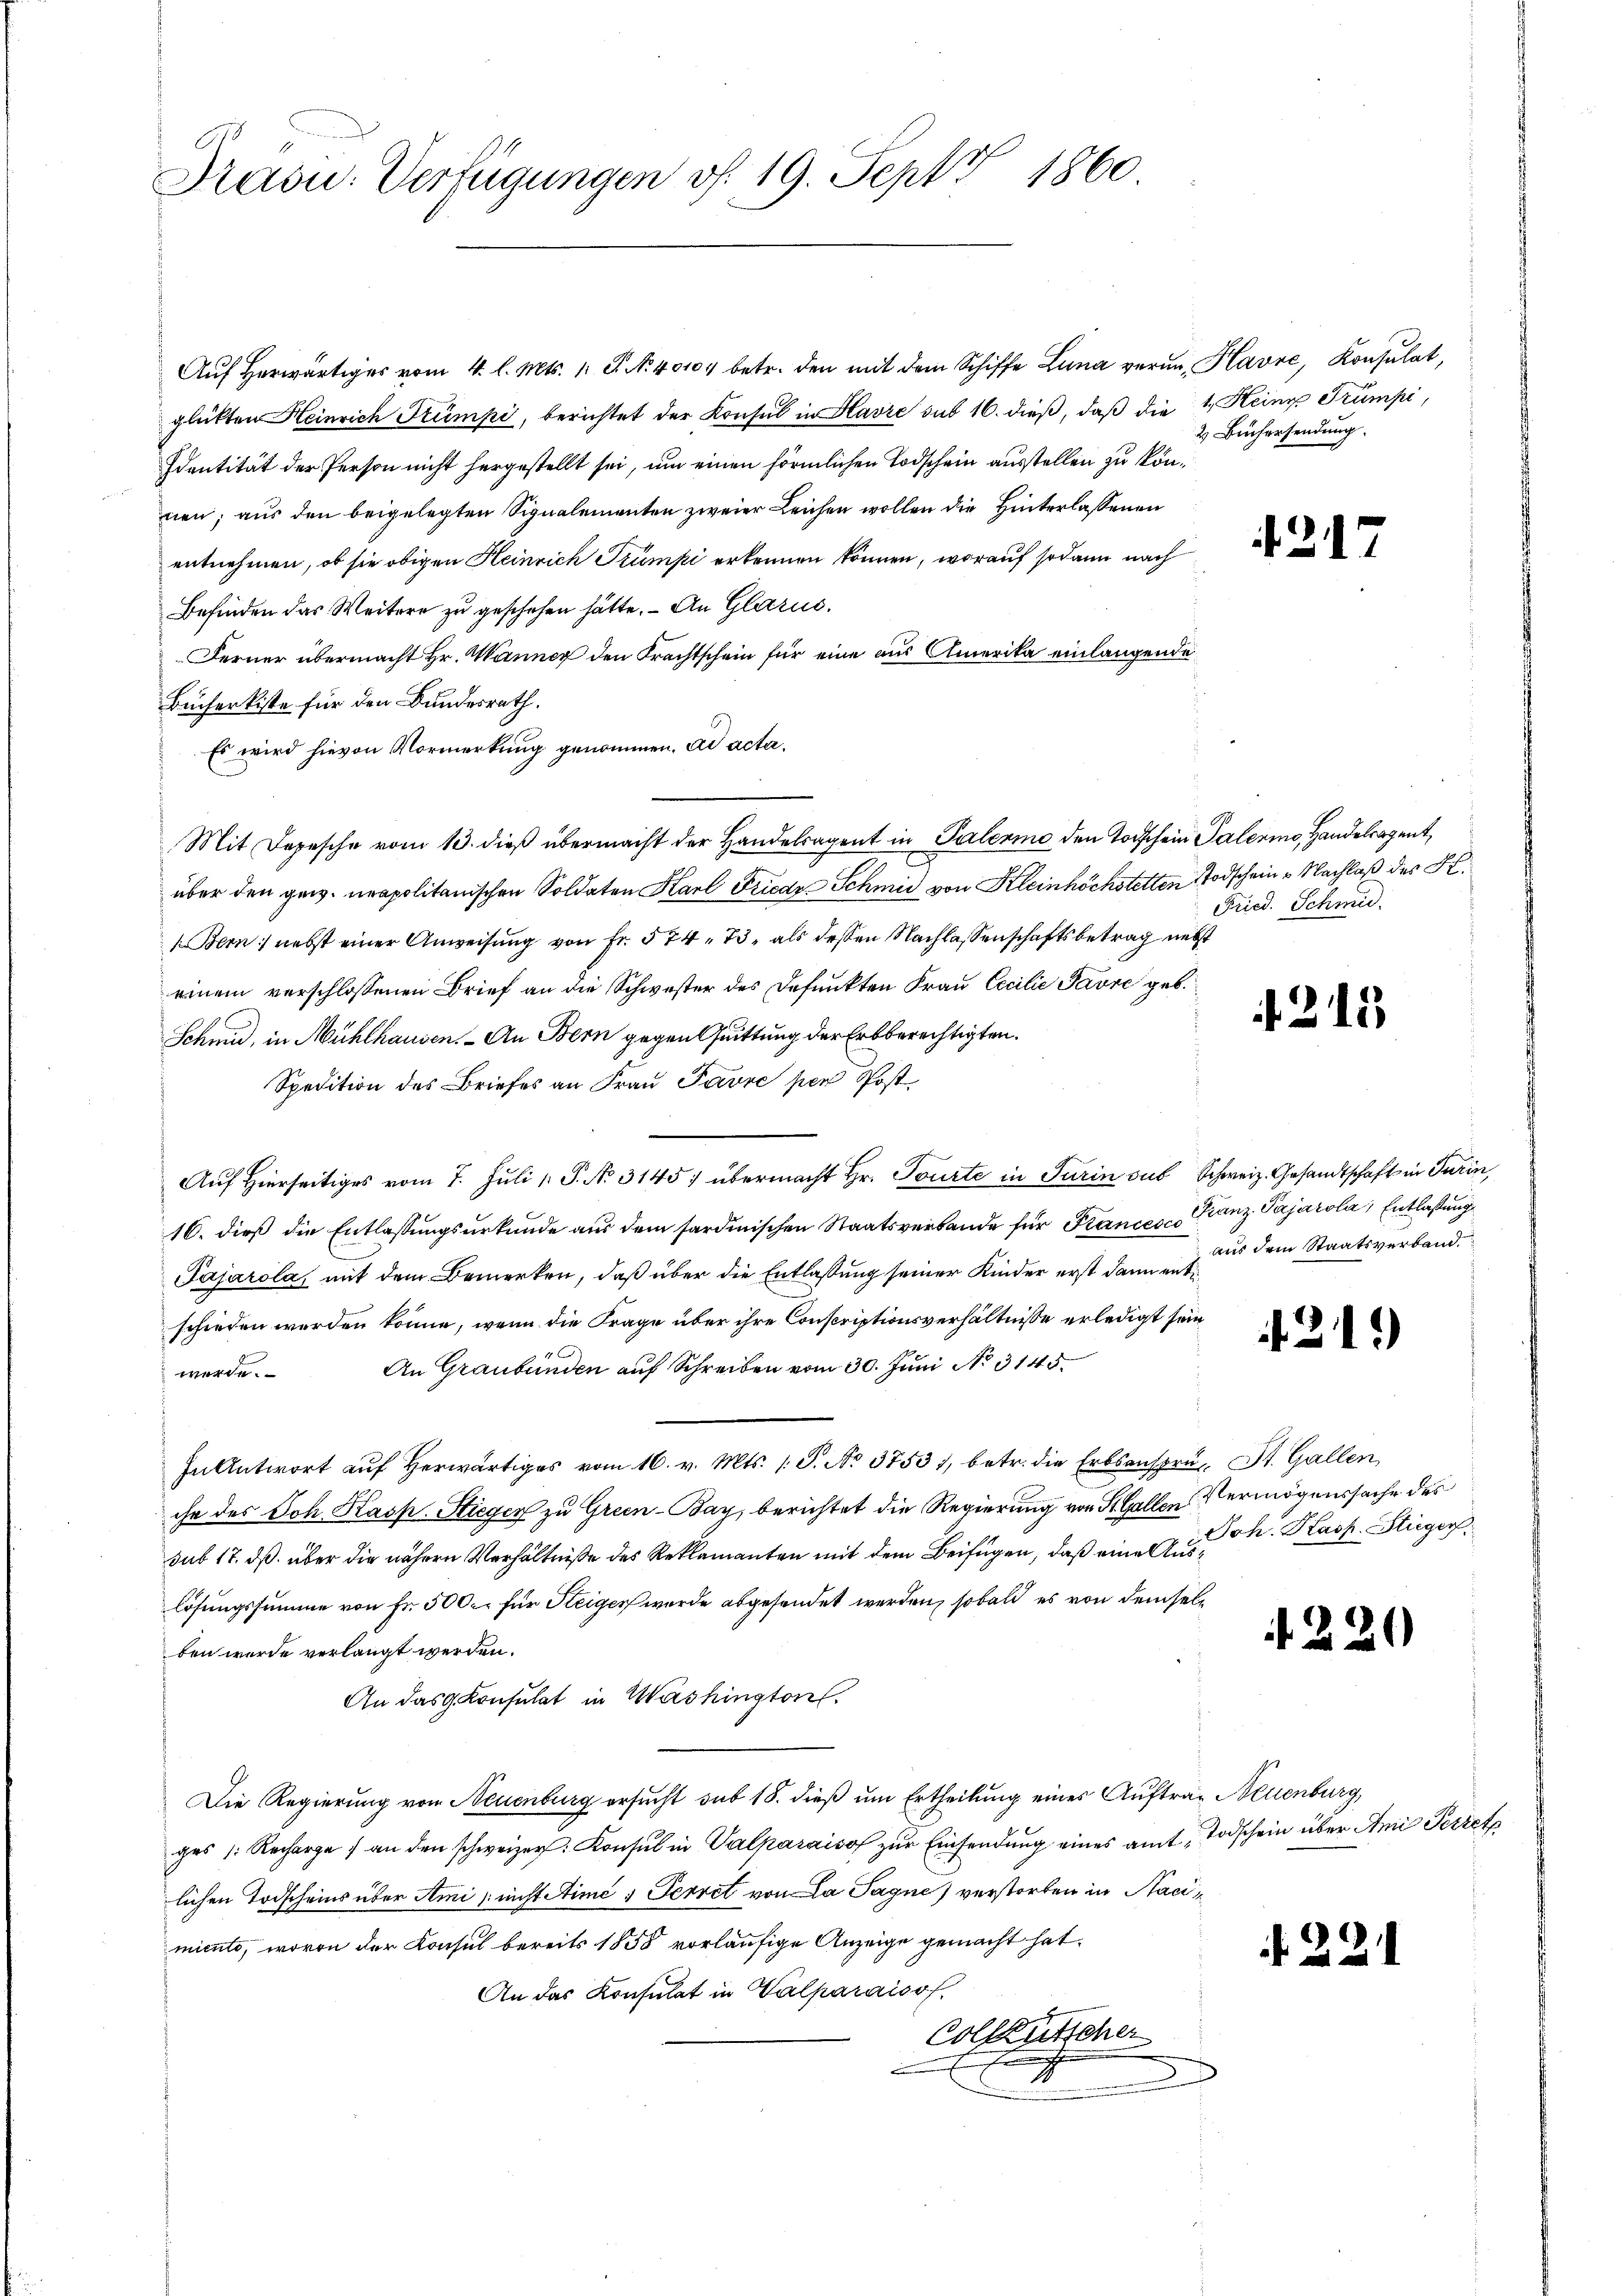
f
Präsid.- Verfügungen v. 19. Sept 1860.

Auf herwärtiger vom 4. l. Mts. 1. P. Nr. 40104 betr. den mit dem Schiffe Lina veran, Havre, Konsulat,
glükten Heinrich Frümpi, berichtet der Konsul in Havre sub 16. dieß, daß die 1 Keine Trumpi,
Identität der Person nicht hergestellt sei, um einen förmlichen Todschein ausstellen zu können; aus den beigelegten Signalementen zweier Leichen wollen die Hinterlassenen
entnehmen, ob sie obigen Heinrich Trümpi erkennen können, worauf sodann nach
Befinden das Weitere zu geschehen hätte. - An Glarus.
Ferner übermacht Hr. Wanner den Frachtschein für eine aus Amerika einlangende
Bucherkiste für den Bundesrath.
Es wird hievon Vormerkung genommen. ad actaüber den gew. neapolitanischen Soldaten Karl Friede Schmid von Kleinhöchstetten Todscheine Nachlaß des K.
Bern nebst einer Anweisung von Fr. 574. 73, als dessen Nachlassenschaftsbetrag nebst
einem verschlossenen Brief an die Schwester des defunkten Frau Cecilie Pavre geb.
Schmid, in Mühlhausen. - An Bern gegen Quittung der Erbberechtigten.
Spedition des Briefes an Frau Favre per Post
Auf Hierseitiges vom 7. Juli v. P. No 3145) übermacht Hr. Tourte in Turin sus Schweiz. Gesandtschaft in Turin,
16. dieß die Entlassungsurkunde aus dem sardinischen Staatsverbande für Frances Franz Pajarola, Entlaßung
Pajarola, mit dem Bemerken, daß über die Entlaßung seiner Kinder erst dann entschieden werden könne, wenn die Frage über ihre Conscriptionsverhältnisse erledigt sein
An Graubünden auf Schreiben vom 30. Juni No 3145.
werde.
In Antwort aŭf herwärtiges vom 16. v. Mts. 1 S. No 37531, betr. die Erbsansprŭ- St. Gallen,
che des Joh. Kasp. Stiegen zu Grien-Bay, berichtet die Regierung von St. Gallen Vermögenssache des
sub 17. ds. über die nähern Verhältniße des Reklamanten mit dem Beifügen, daß einer dh. Kasp. Stieger
lösungssumme von Fr. 500. für Steigen wurde abgesendet werden, sobald es von demselben wurde verlangt werden.
An das Konsulat in Washington.
Die Regierung von Neuenburg ersucht sub 18. dieß um Ertheilung eines Auftrag Neuenburg,
ges 1. Recharge an den schweizer: Konsul in Valparaiso zur Einsendung eines amt Todschein über Ami Pezzet
lichen Todscheins über Ami nicht Atimé & Ferret von La Sagne) verstorben in Nacimiente, wovon der Konsul bereits 1855 vorläufige Anzeige gemacht hat.
An das Konsulat in Valparaisof
Colleutscher
g

Mit Depesche vom 13. dieß übermacht der Handelsagent in Palermo den Todschein Palermo, Handelegent

2 Büchersendung.

217

Fried. Schmid.

215

aus dem Staatsverband.

21.)

2

22

)

¬